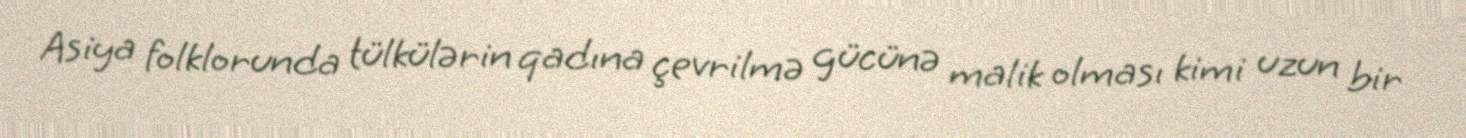
Asiya folklorunda tülkülərin qadına çevrilmə gücünə malik olması kimi uzun bir